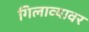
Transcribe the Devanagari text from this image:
गिलाव्यावर